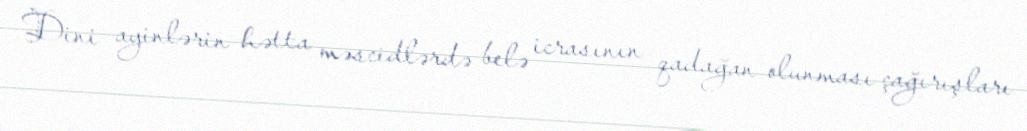
Dini ayinlərin hətta məscidlərdə belə icrasının qadağan olunması çağırışları